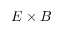
E \times B